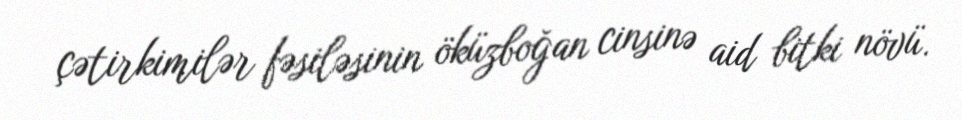
çətirkimilər fəsiləsinin öküzboğan cinsinə aid bitki növü.